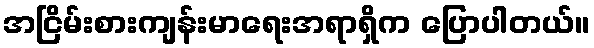
အငြိမ်းစားကျန်းမာရေးအရာရှိက ပြောပါတယ်။